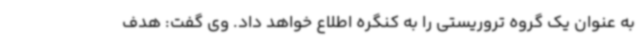
به عنوان یک گروه تروریستی را به کنگره اطلاع خواهد داد. وی گفت: هدف